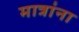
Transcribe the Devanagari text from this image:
मात्रांना